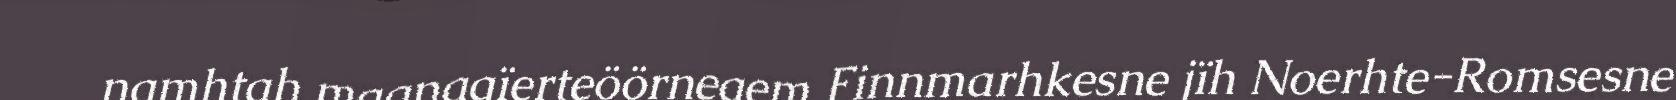
namhtah maanagïerteöörnegem Finnmarhkesne jïh Noerhte-Romsesne